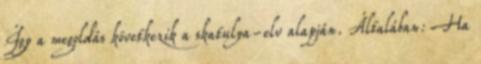
Így a megoldás következik a skatulya-elv alapján. Általában: Ha